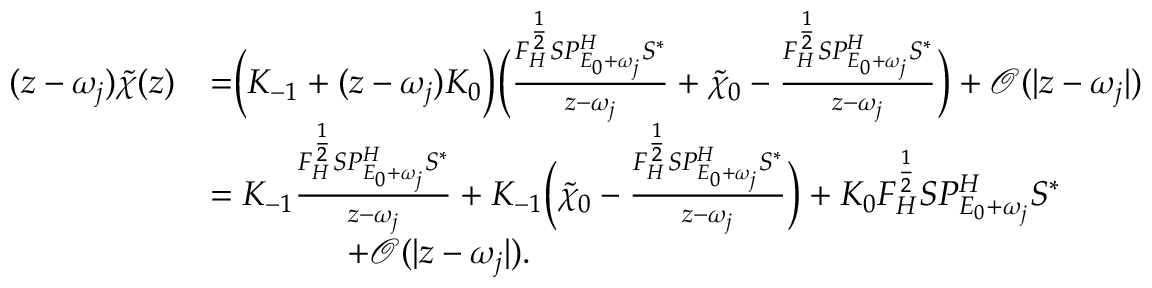
\begin{array} { r l } { ( z - \omega _ { j } ) \widetilde { \chi } ( z ) } & { = \biggr ( K _ { - 1 } + ( z - \omega _ { j } ) K _ { 0 } \biggr ) \biggr ( \frac { F _ { H } ^ { \frac 1 2 } S P _ { E _ { 0 } + \omega _ { j } } ^ { H } S ^ { \ast } } { z - \omega _ { j } } + \widetilde { \chi } _ { 0 } - \frac { F _ { H } ^ { \frac 1 2 } S P _ { E _ { 0 } + \omega _ { j } } ^ { H } S ^ { \ast } } { z - \omega _ { j } } \biggr ) + \mathcal { O } ( | z - \omega _ { j } | ) } \\ & { = K _ { - 1 } \frac { F _ { H } ^ { \frac 1 2 } S P _ { E _ { 0 } + \omega _ { j } } ^ { H } S ^ { \ast } } { z - \omega _ { j } } + K _ { - 1 } \biggr ( \widetilde { \chi } _ { 0 } - \frac { F _ { H } ^ { \frac 1 2 } S P _ { E _ { 0 } + \omega _ { j } } ^ { H } S ^ { \ast } } { z - \omega _ { j } } \biggr ) + K _ { 0 } F _ { H } ^ { \frac 1 2 } S P _ { E _ { 0 } + \omega _ { j } } ^ { H } S ^ { \ast } } \\ & { \qquad \qquad + \mathcal { O } ( | z - \omega _ { j } | ) . } \end{array}